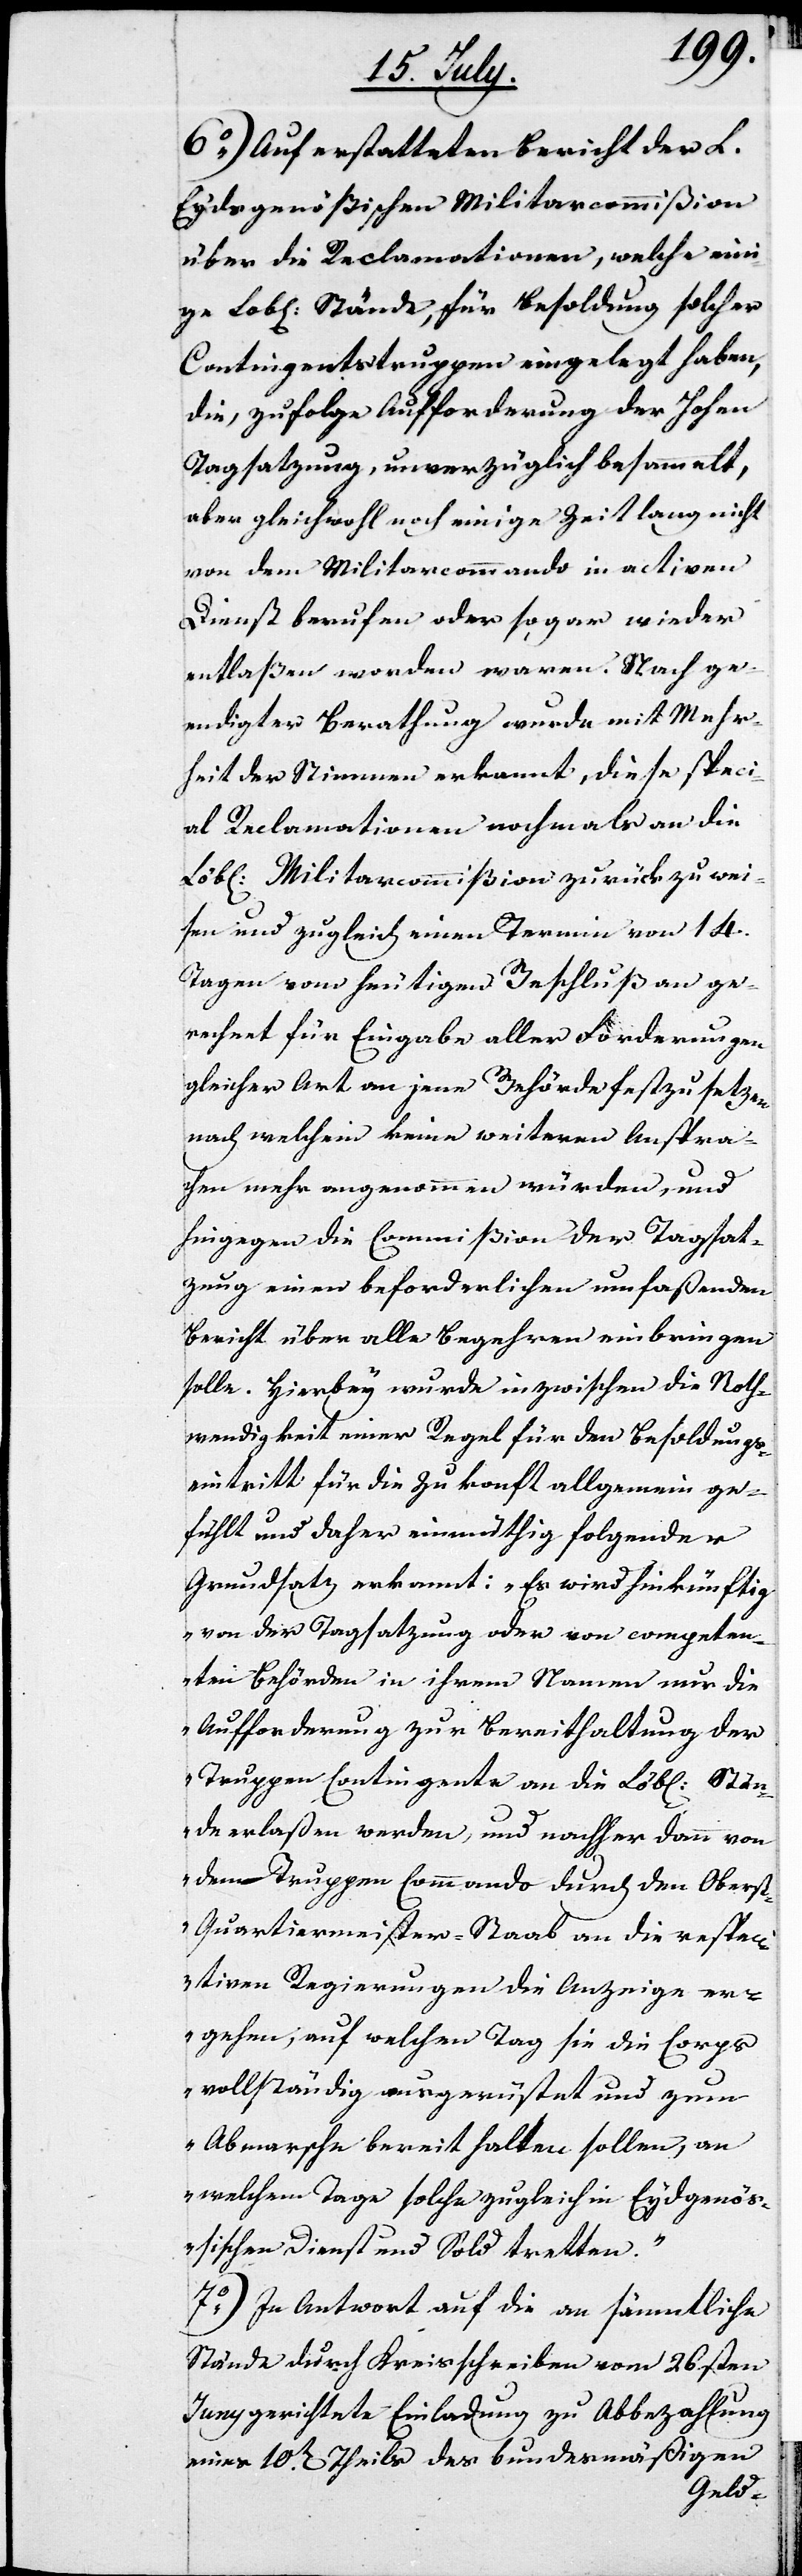
6.) Auf erstatteten Bericht der L.
Eydsgenößischen Militarcommißion
über die Reclamationen, welche eini¬
ge Lobl. Stände, für Besoldung solcher
Contingentstruppen eingelegt haben,
die, zufolge Aufforderung der Hohen
Tagsatzung, unverzüglich besammelt,
aber gleichwohl noch einige Zeit lang nicht
von dem Militarcommando in activen
Dienst berufen oder sogar wieder
entlaßen worden waren. Nach ge¬
endigter Berathung wurde mit Mehr¬
heit der Stimmen erkannt, diese Speci¬
al Reclamationen nochmals an die
Löbl. Militarcommißion zurückzuwei¬
sen und zugleich einen Termin von 14.
Tagen vom heutigen Beschluß an ge¬
rechnet für Eingabe aller Forderungen
gleicher Art an jene Behörde festzusetzen
nach welchem keine weiteren Anspra¬
chen mehr angenommen würden, und
hingegen die Commißion der Tagsat¬
zung einen beforderlichen umfaßenden
Bericht über alle Begehren einbringen
solle. Hierbey wurde inzwischen die Noth¬
wendigkeit einer Regel für den Besoldungs¬
eintritt für die Zukunft allgemein ge¬
fühlt und daher einmüthig folgender
Grundsatz erkannt: „Es wird hinkünftig
von der Tagsatzung oder von competen¬
ten Behörden in ihrem Namen nur die
Aufforderung zur Berichterstattung der
Truppen Contingente an die Löbl. Stän¬
de erlaßen werden, und nachher dann von
dem Truppen Commando durch den Obers¬
t-Quartiermeister-Staab an die respec¬
tiven Regierungen die Anzeige er¬
gehen, auf welchen Tag sie die Corps
vollständig ausgerüstet und zum
Abmarsch bereit halten sollen, an
welchem Tage solche zugleich in Eydsgenöß¬
ischen Dienst und Sold tretten.“
7.) In Antwort auf die an sämmtliche
Stände durch Kreisschreiben vom 26sten
Juny gerichtete Einladung zu Abbezahlung
eines 10ten Theils des bundesmäßigen